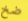
ضخ